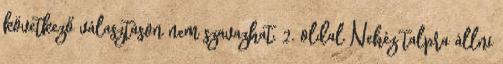
következő választáson nem szavazhat. 2. oldal Nehéz talpra állni